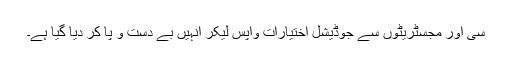
سی اور مجسٹریٹوں سے جوڈیشل اختیارات واپس لیکر انہیں بے دست و پا کر دیا گیا ہے۔